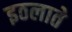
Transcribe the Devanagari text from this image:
इठलाते